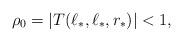
LaTeX: \begin{align*}\rho_{0} = |T(\ell_{*},\ell_{*},r_{*})| < 1,\end{align*}